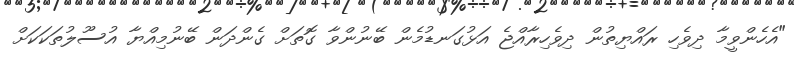
"އެހެންވީމާ ދިވެހި ރައްޔިތުން ދިވެހިރާއްޖެ އަޅުގަނޑުމެން ބޭނުންވާ ގޮތަށް ގެންދަން ބޭނުމިއްޔާ އުސޫލުތަކަކަށް